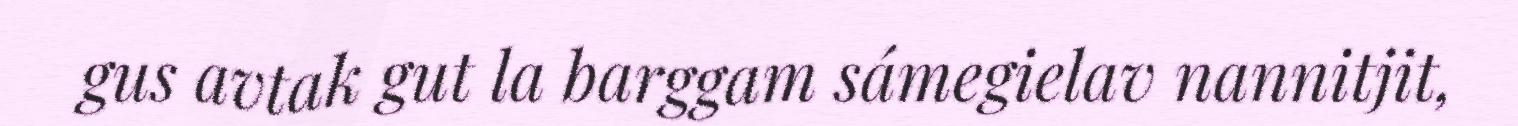
gus avtak gut la barggam sámegielav nannitjit,